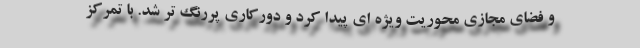
و فضای مجازی محوریت ویژه ای پیدا کرد و دورکاری پررنگ تر شد. با تمرکز